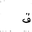
Letter: _qaf